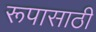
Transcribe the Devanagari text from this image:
रूपासाठी